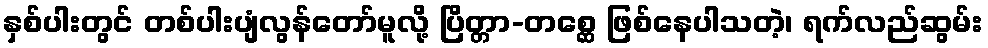
နှစ်ပါးတွင် တစ်ပါးပျံလွန်တော်မူလို့ ပြိတ္တာ-တစ္ဆေ ဖြစ်နေပါသတဲ့၊ ရက်လည်ဆွမ်း